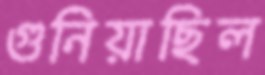
গুনিয়াছিল